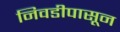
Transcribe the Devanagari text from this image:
निवडीपासून